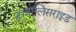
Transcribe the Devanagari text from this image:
ट्रायग्लिसराइड